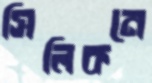
সিলিকনে